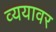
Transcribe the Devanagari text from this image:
व्ययावर